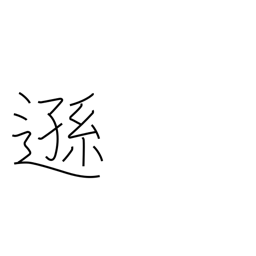
Meaning: humble